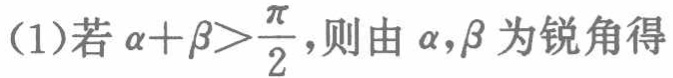
(1)若\(\alpha+\beta>\frac{\pi}{2}\)，则由\(\alpha,\beta\)为锐角得